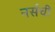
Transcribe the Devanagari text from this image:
नर्सची